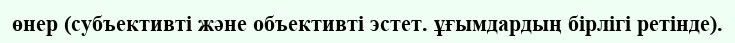
өнер (субъективті және объективті эстет. ұғымдардың бірлігі ретінде).